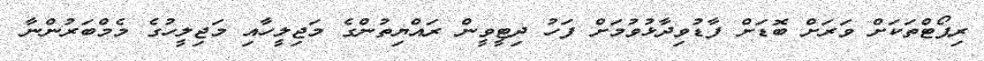
ރިޕޯޓްތަކަށް ވަރަށް ބޮޑަށް ފާޑުވިދާޅުވުމަށް ފަހު ދިޓީވީން ރައްޔިތުންގެ މަޖިލީހާއި މަޖިލީހުގެ މެމްބަރުންނާ